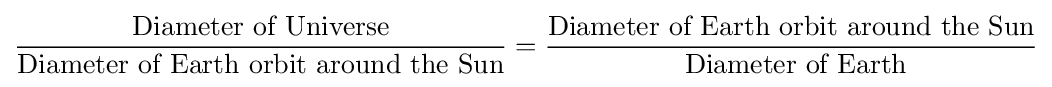
{\frac {\text{Diameter of Universe}}{\text{Diameter of Earth orbit around the Sun}}}={\frac {\text{Diameter of Earth orbit around the Sun}}{\text{ Diameter of Earth}}}